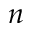
n